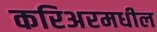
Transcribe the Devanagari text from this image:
करिअरमधील